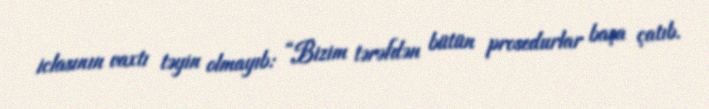
iclasının vaxtı təyin olmayıb: “Bizim tərəfdən bütün prosedurlar başa çatıb.